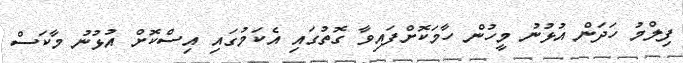
ފިލްމު ހަދަން އުޅުނު މީހުން ހާމަކޮށްފައިވާ ގޮތުގައި އެކަމުގައި އިސްކޮށް އުޅުނު މާކަސް